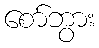
စော်ဘွား